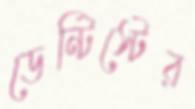
ডেন্টিস্টের